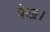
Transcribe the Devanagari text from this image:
पेख।